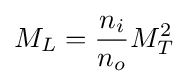
M_{L}={\frac {n_{i}}{n_{o}}}M_{T}^{2}